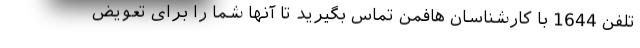
تلفن 1644 با کارشناسان هافمن تماس بگیرید تا آنها شما را برای تعویض